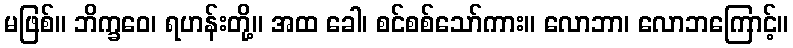
မဖြစ်။ ဘိက္ခဝေ၊ ရဟန်းတို့။ အထ ခေါ၊ စင်စစ်သော်ကား။ လောဘာ၊ လောဘကြောင့်။